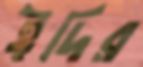
ঈদির